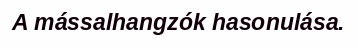
A mássalhangzók hasonulása.